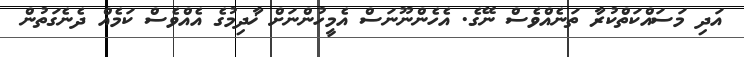
އަދި މަސައްކަތްކުރާ ތަނެއްވެސް ނޭގެ. އެހެންނޫނަސް އެމީހުންނަށް ޚާދިމުގެ އެއްވެސް ކަމެއް ދެނެގަތުން